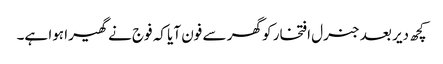
کچھ دیر بعد جنرل افتخار کو گھر سے فون آیا کہ فوج نے گھیرا ہوا ہے۔